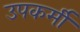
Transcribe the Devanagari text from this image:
उपकर्मी